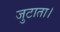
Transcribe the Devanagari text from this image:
जुटाता।